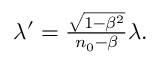
\begin{array} { r } { \lambda ^ { \prime } = \frac { \sqrt { 1 - \beta ^ { 2 } } } { n _ { 0 } - \beta } \lambda . } \end{array}